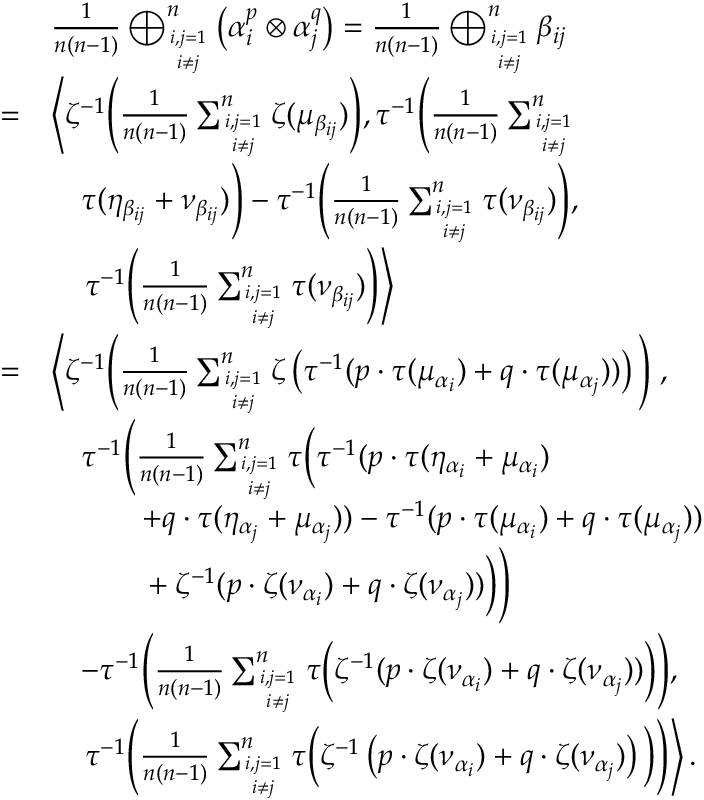
\begin{array} { r l } & { \frac { 1 } { n ( n - 1 ) } \bigoplus _ { i , j = 1 \atop i \neq j } ^ { n } \left( \alpha _ { i } ^ { p } \otimes \alpha _ { j } ^ { q } \right) = \frac { 1 } { n ( n - 1 ) } \bigoplus _ { i , j = 1 \atop i \neq j } ^ { n } \beta _ { i j } } \\ { = } & { \left\langle \zeta ^ { - 1 } \Bigg ( \frac { 1 } { n ( n - 1 ) } \sum _ { i , j = 1 \atop i \neq j } ^ { n } \zeta ( \mu _ { \beta _ { i j } } ) \Bigg ) , \tau ^ { - 1 } \Bigg ( \frac { 1 } { n ( n - 1 ) } \sum _ { i , j = 1 \atop i \neq j } ^ { n } \right. } \\ & { \quad \tau ( \eta _ { \beta _ { i j } } + \nu _ { \beta _ { i j } } ) \Bigg ) - \tau ^ { - 1 } \Bigg ( \frac { 1 } { n ( n - 1 ) } \sum _ { i , j = 1 \atop i \neq j } ^ { n } \tau ( \nu _ { \beta _ { i j } } ) \Bigg ) , } \\ & { \quad \left. \tau ^ { - 1 } \Bigg ( \frac { 1 } { n ( n - 1 ) } \sum _ { i , j = 1 \atop i \neq j } ^ { n } \tau ( \nu _ { \beta _ { i j } } ) \Bigg ) \right\rangle } \\ { = } & { \left\langle \zeta ^ { - 1 } \Bigg ( \frac { 1 } { n ( n - 1 ) } \sum _ { i , j = 1 \atop i \neq j } ^ { n } \zeta \left( \tau ^ { - 1 } ( p \cdot \tau ( \mu _ { \alpha _ { i } } ) + q \cdot \tau ( \mu _ { \alpha _ { j } } ) ) \right) \Bigg ) \right. , } \\ & { \quad \tau ^ { - 1 } \Bigg ( \frac { 1 } { n ( n - 1 ) } \sum _ { i , j = 1 \atop i \neq j } ^ { n } \tau \Big ( \tau ^ { - 1 } ( p \cdot \tau ( \eta _ { \alpha _ { i } } + \mu _ { \alpha _ { i } } ) \Big . \Bigg . } \\ & { \quad \quad \quad + q \cdot \tau ( \eta _ { \alpha _ { j } } + \mu _ { \alpha _ { j } } ) ) - \tau ^ { - 1 } ( p \cdot \tau ( \mu _ { \alpha _ { i } } ) + q \cdot \tau ( \mu _ { \alpha _ { j } } ) ) } \\ & { \Bigg . \Big . \quad \quad \quad + \zeta ^ { - 1 } ( p \cdot \zeta ( \nu _ { \alpha _ { i } } ) + q \cdot \zeta ( \nu _ { \alpha _ { j } } ) ) \Big ) \Bigg ) } \\ & { \quad - \tau ^ { - 1 } \Bigg ( \frac { 1 } { n ( n - 1 ) } \sum _ { i , j = 1 \atop i \neq j } ^ { n } \tau \Big ( \zeta ^ { - 1 } ( p \cdot \zeta ( \nu _ { \alpha _ { i } } ) + q \cdot \zeta ( \nu _ { \alpha _ { j } } ) ) \Big ) \Bigg ) , } \\ & { \left. \quad \tau ^ { - 1 } \Bigg ( \frac { 1 } { n ( n - 1 ) } \sum _ { i , j = 1 \atop i \neq j } ^ { n } \tau \Big ( \zeta ^ { - 1 } \left( p \cdot \zeta ( \nu _ { \alpha _ { i } } ) + q \cdot \zeta ( \nu _ { \alpha _ { j } } ) \right) \Big ) \Bigg ) \right\rangle . } \end{array}